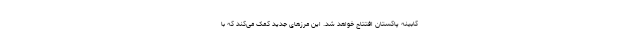
کابینه پاکستان افتتاح خواهد شد. این مرزهای جدید کمک می‌کند که با